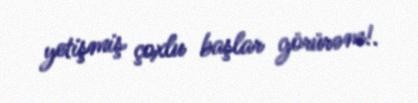
yetişmiş çoxlu başlar görürəm!.